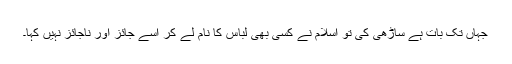
جہاں تک بات ہے ساڑھی کی تو اسلام نے کسی بھی لباس کا نام لے کر اسے جائز اور ناجائز نہیں کہا۔